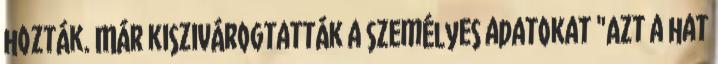
hozták. Már kiszivárogtatták a személyes adatokat "Azt a hat